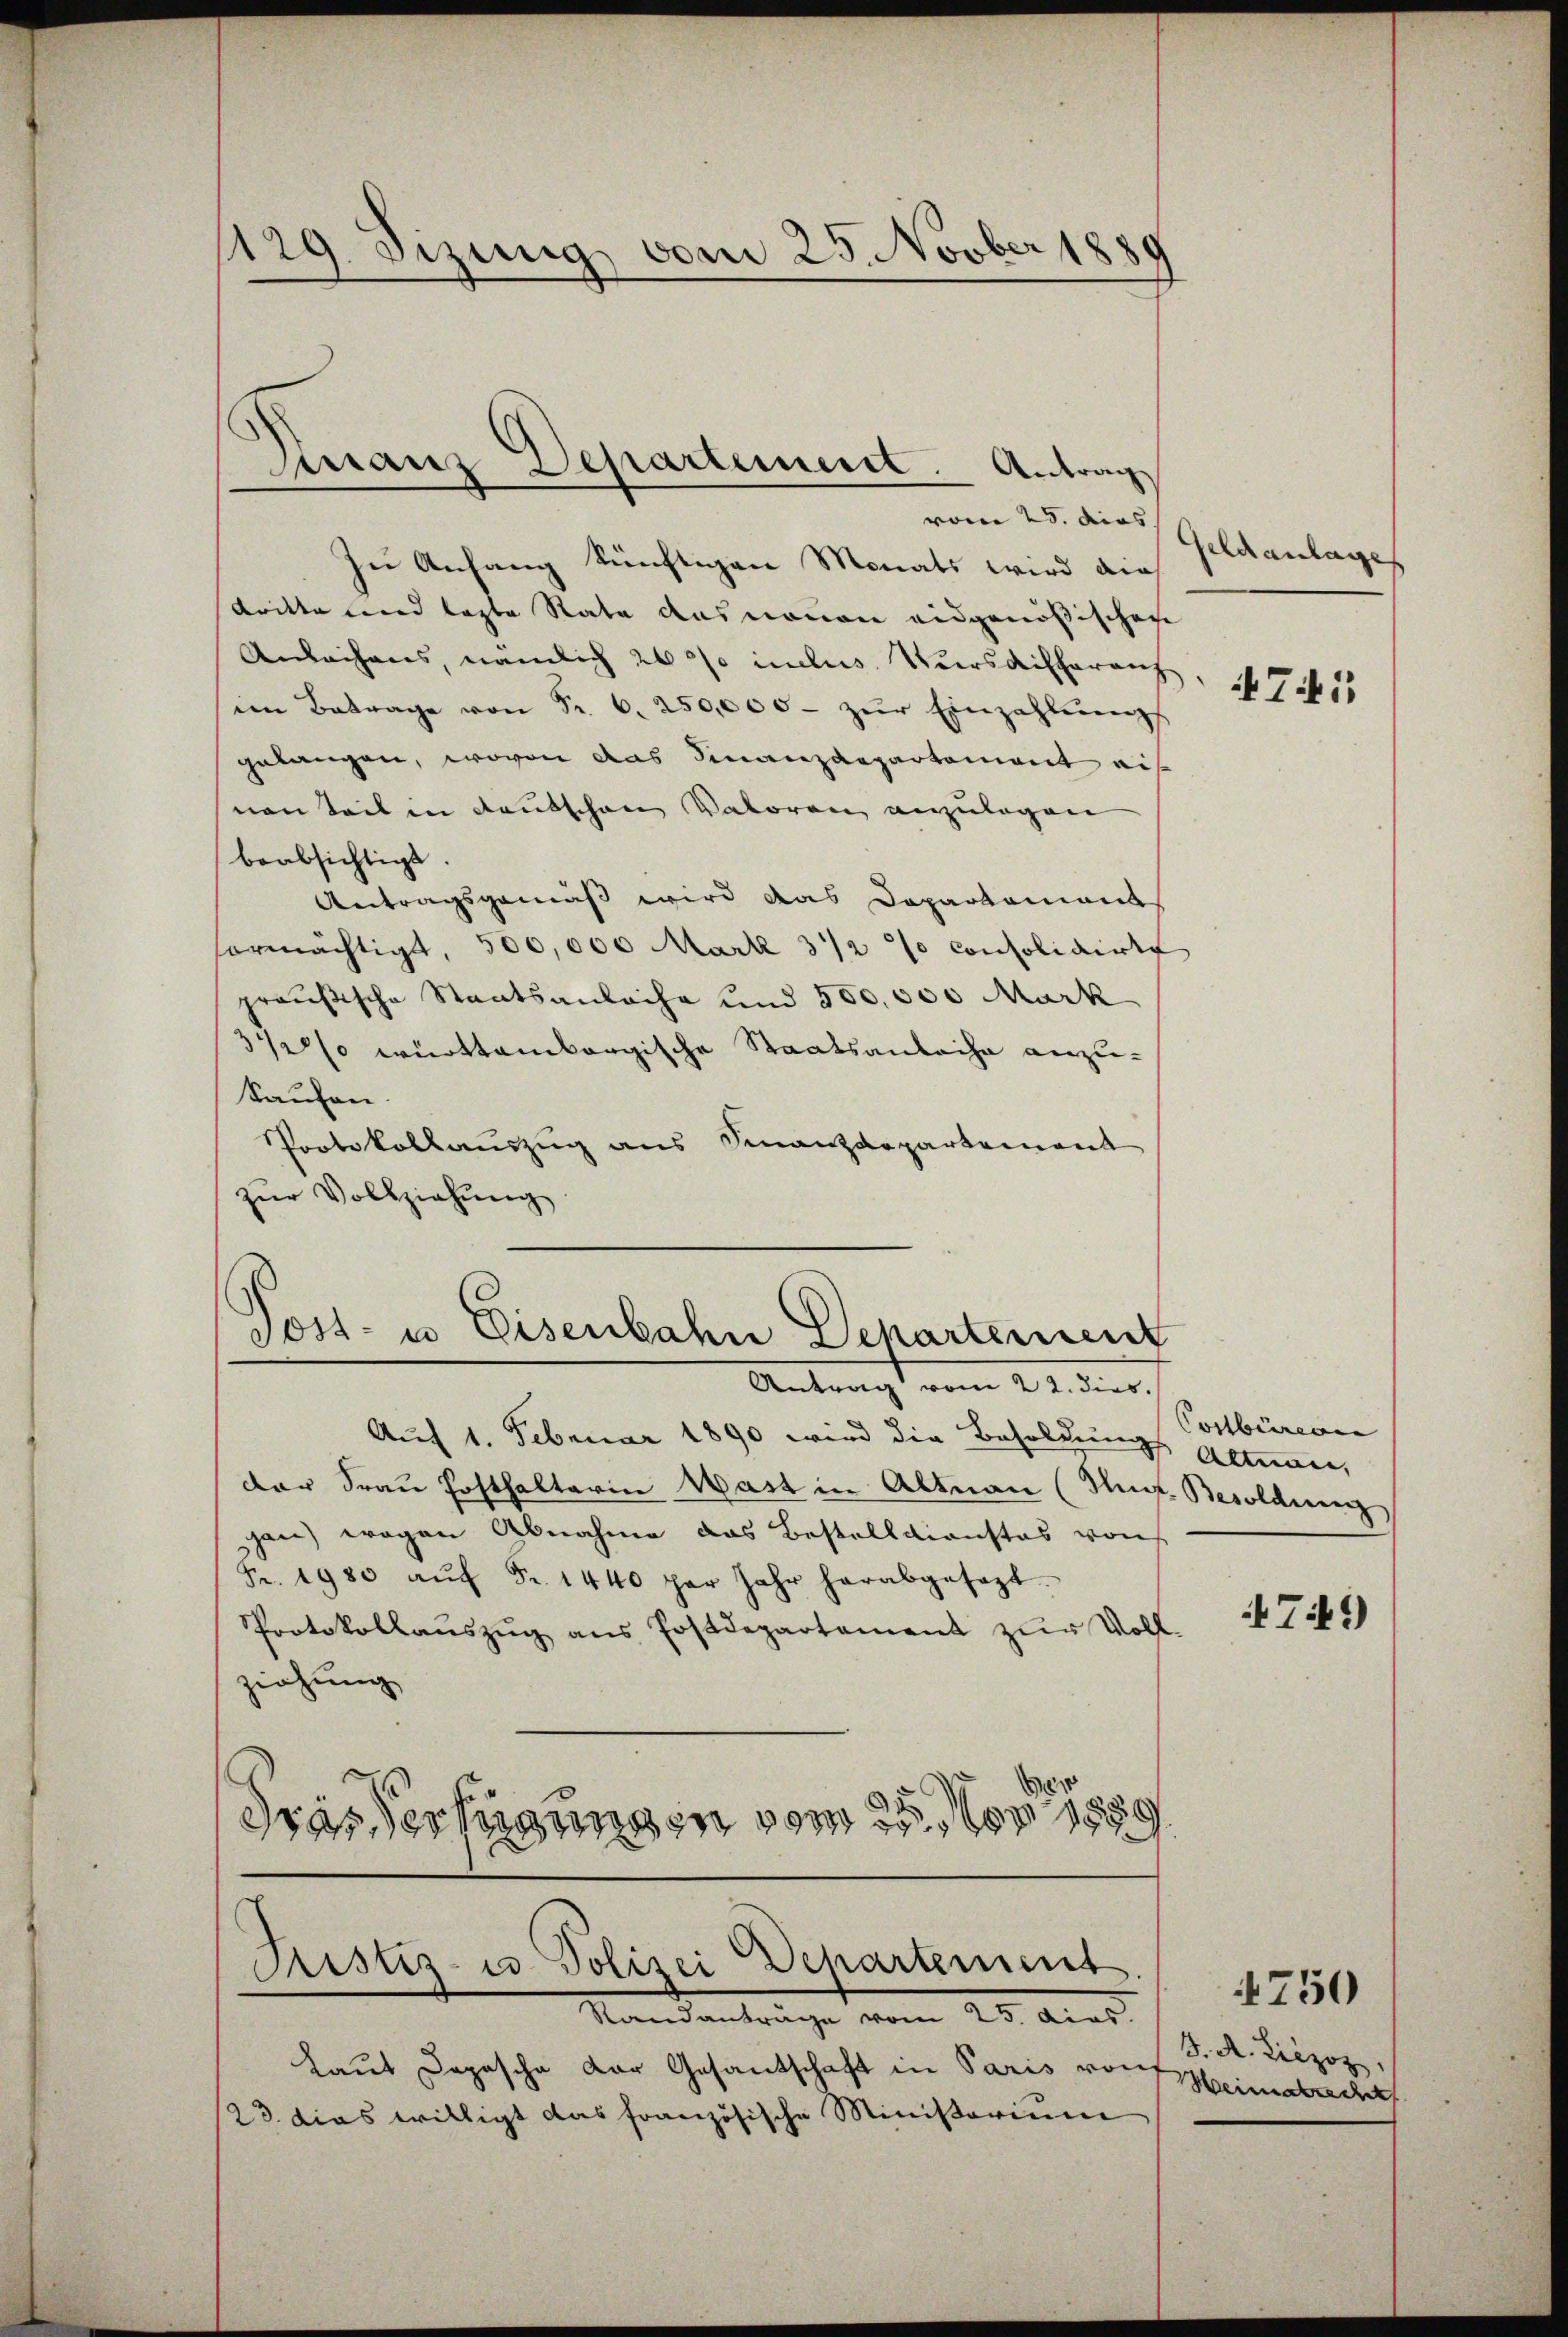
1129. Sizung vom 25. Novber 1880

Franz Departement. Antrag

vom 25. dies |
si Anfang künftigen Monats wird die
britte wird legte Rate aus nomen eidgenößischen
Anleihens, nämlich 20 % inclus. Kursdifferanz
im Betrage von Fr. 6. 250,000. zŭr Einzahlungs
gelangen, wovon das Finanzdepartement eif
non teil in deutschen Valoren anzulagen
beabsichtigt.
Antragsgemäß wird das Departament
ormächtigt, 500,000 Mark 3/2 % consolidirte
preußische Staatsanwache und 500,000 Mark
342 württembergische Staatsanleihe anzukaufen
Protokollauszug aus Finanzdepartement
zŭr Vollziehŭng

Post- u Eisenbahn Departement
Antrag vom 22. dies

Auf 1. Februar 1890 wird die Besoldung
der Frau Hofthalterin Wast in Altnau (Anf. Besoldung
gau) wegen Abnahme das Bestelldienstos von
Fr. 1980 aŭf Fr. 1440 par Jahr herabgesagt
Protokollaŭszŭg ans Postdepartament zŭr Voll-
ziehung
¬
Gras Verfügung in vom 25

Ristis- u. Polizei Dehartement
Standanträge vom 25. dies

Laut Depesche der Gesantschaft in Paris von
123. dies willigt das französische Ministerium

Geldanlage

71,

Conbum |
Almann,

741)

J. A. Liezoz,
Weimatrecht

4750